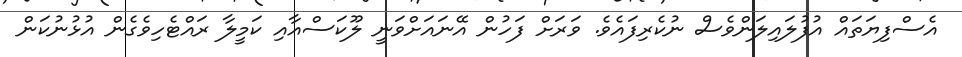
އެސްފިޔަތައް އުފުލައިލަންވެސް ނުކެރިފައެވެ. ވަރަށް ފަހުން އޭނައަށްވަނީ ލޫކަސްއާއި ކަމީލާ ރައްޓެހިވެގެން އުޅުނުކަން